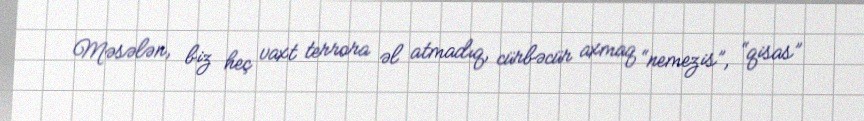
Məsələn, biz heç vaxt terrora əl atmadıq, cürbəcür axmaq “nemezis”, “qisas”